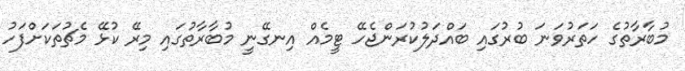
މުބާރާތުގެ ހަތަރުވަނަ ބުރުގައި ބައްދަލުކުރަންޖެހޭ ޓީމެއް އިނގޭނީ މުބާރާތުގައި މިރޭ ކުޅޭ މެޗުތަކަށްފަހު